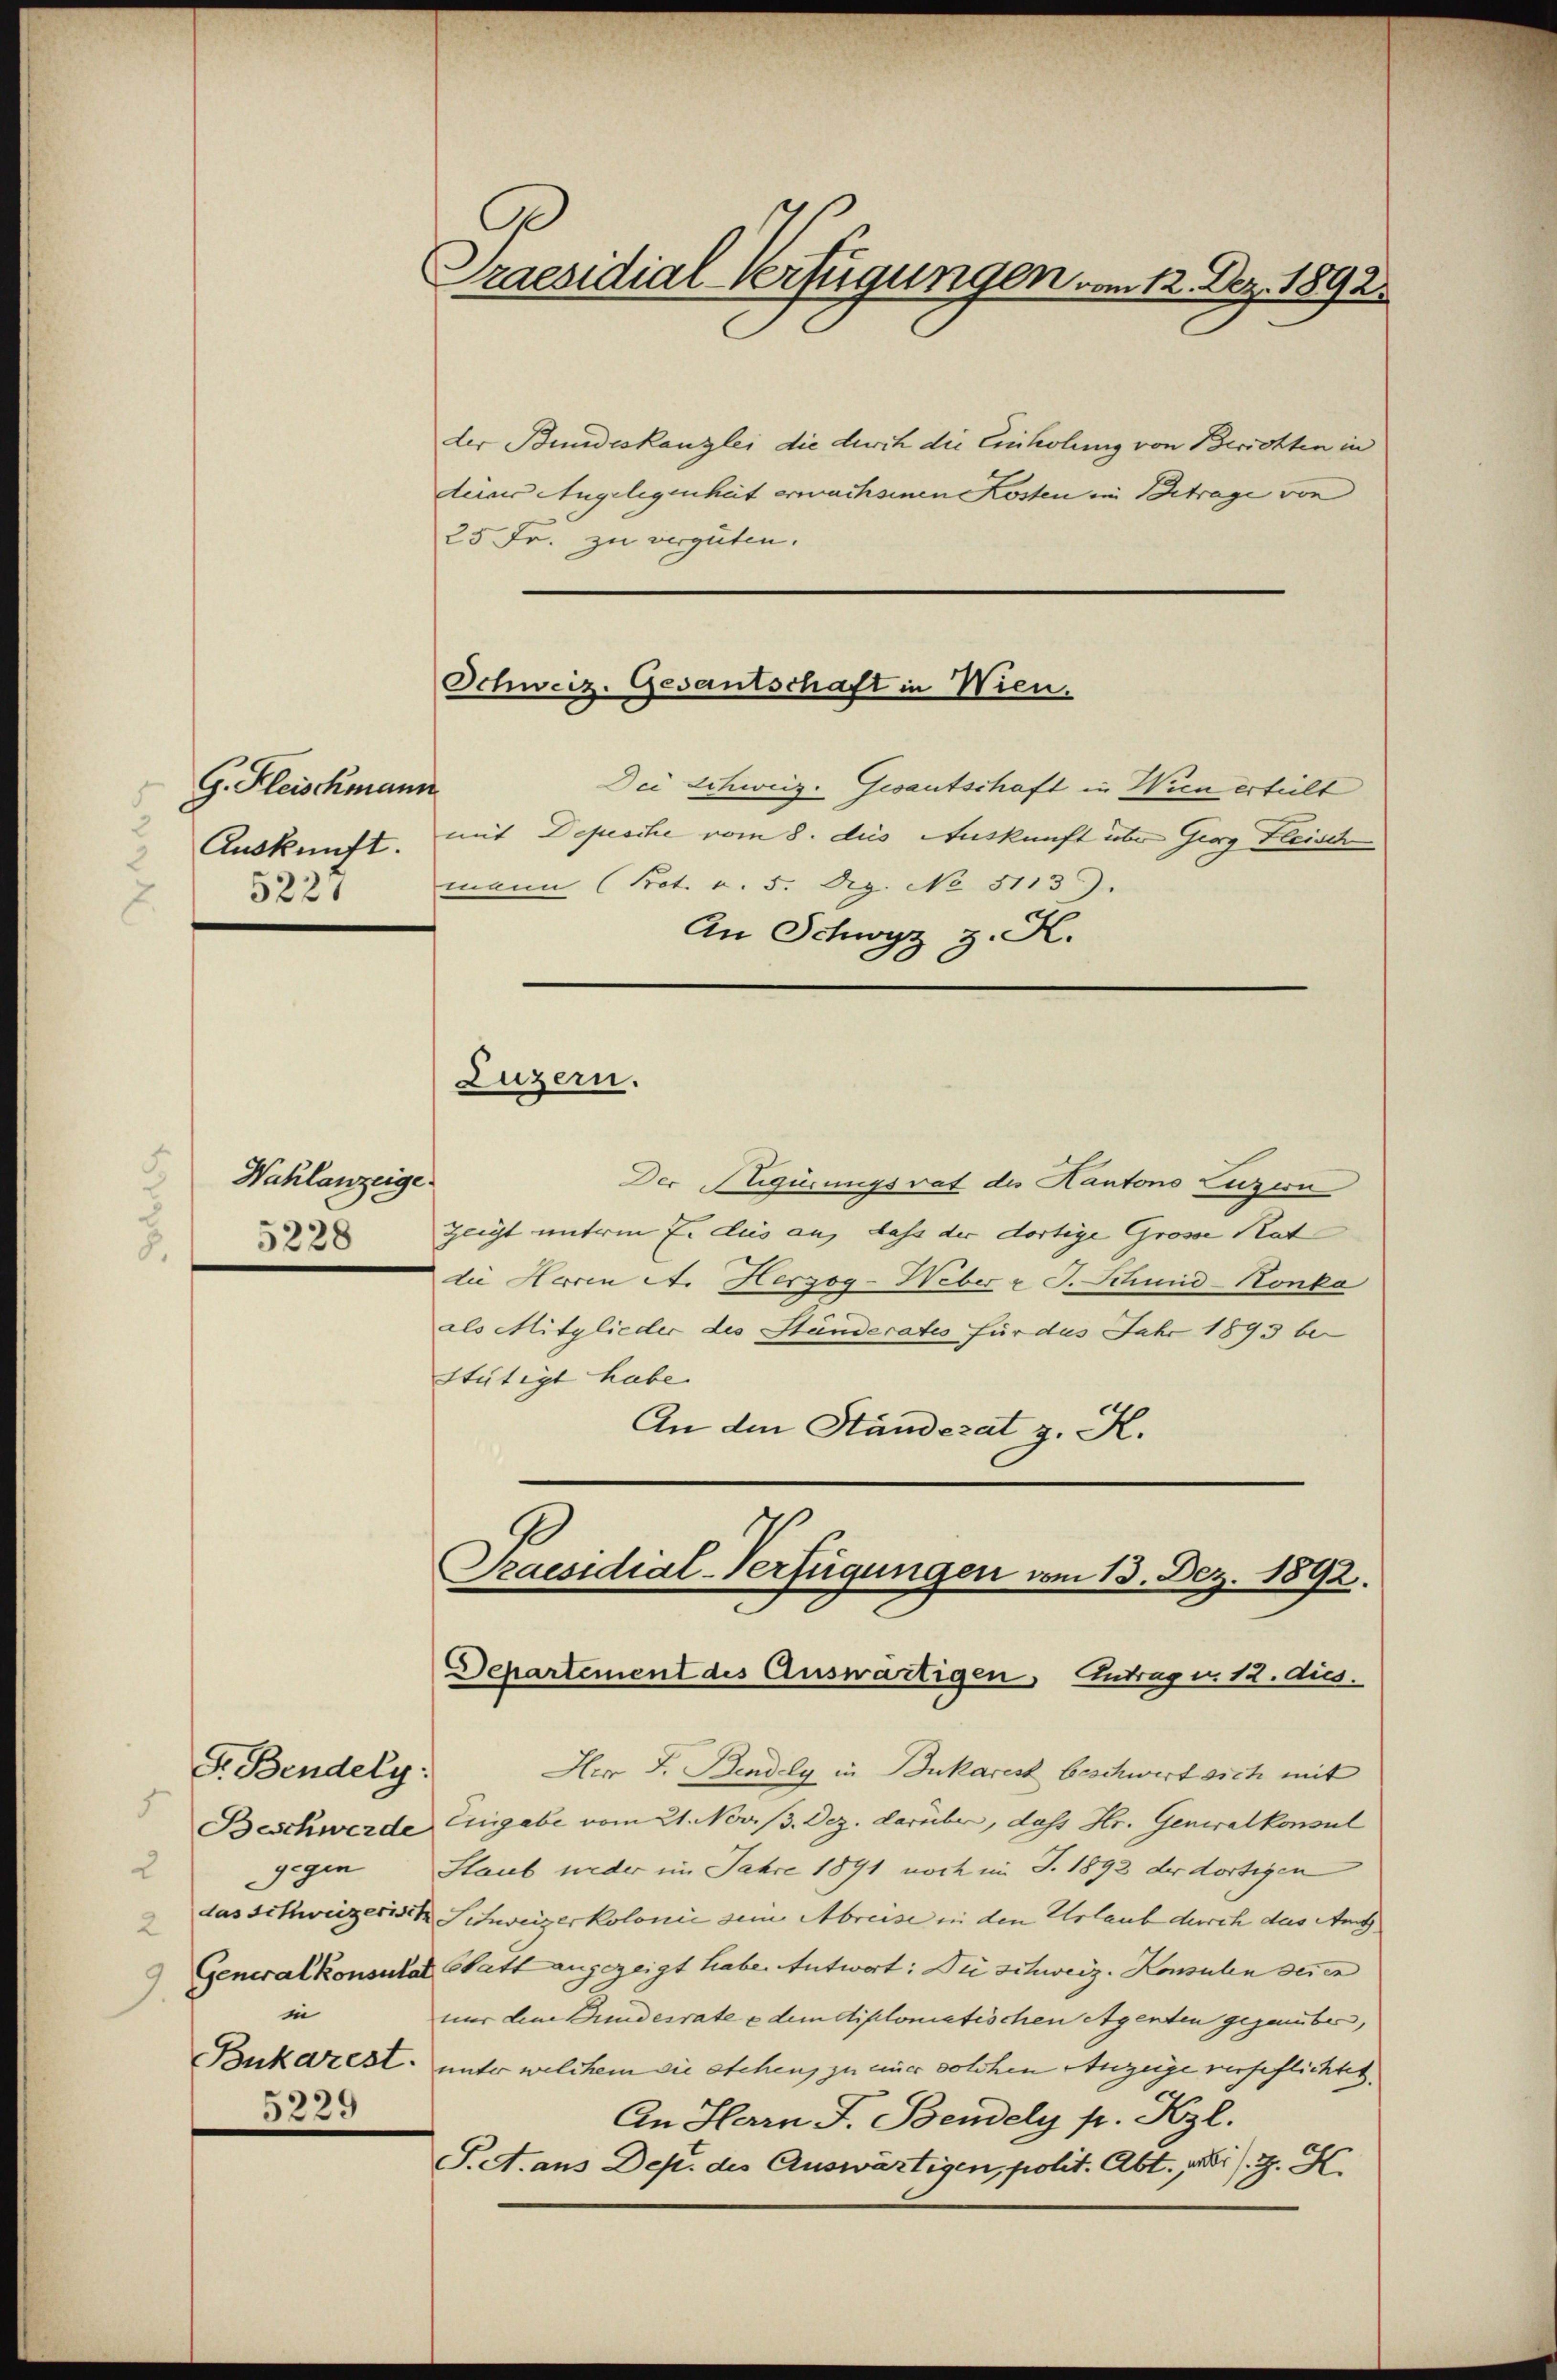
G. Fleischmann
Auskunft.
5227

Wahlanzeige
5228

F. Bendely:
5
gegen
2
2
in
5229

Praesidial-Verfügungen am 12. Dez. 1892.

der Bundeskanzlei die durch die Einholung von Berichten in
teiner Angelegenheit erwachsenen Kosten in Betrage von
25 Fr. zu vergüten.
Dei Schweiz. Gesantschaft in Wien erteilt
mit Depesche vom 8. des Auskunft über Georg Fleisch
mann (Not. v. 5. Dez. No 3113).
An Schwyz z. K.

Schweiz. Gesantschaft in Wien.

Der Rigirungsrat des Kantons Luzern
Zeigt unterm 7. dies an, dass der dortige Grosse Rat
die Herren A. Herzog-Weber & J. Schinid-Konko
als Mitglieder des Stunderates für das Jahr 1893 bei
stätigt habe.
An den Ständerat z. K.

Luzern.

Praesidial-Verfügungen vom 13. Dez. 1892.
Departement des Auswärtigen, Antrag u. 12. dies.

Herr J. Bindely in Bukares beschwert sich mit
Beschwerde Eingabe vom 21. Nov. Dez. darüber, dass Hr. Generalkonsul
Staub weder im Jahre 1891 noch im J. 1892 der dortigen
das Schweizerisch Schweizerkolonie seine Abreise in den Urlaub durch das Amt
Generalkonsultat Statt angezeigt habe. Antwort: Die schweiz. Konsulen deren
nur den Bundesrate e dem diplomatischen Agenten gegenüber,
Bukarest, unter welchem sie stehen, zu einer solchen Anzeige verpflichtet.
An Herrn J. Bendely pr. Hyl.
S. A. aus Dep. des Auswärtigen, polit. Abt. Musi). H. H.